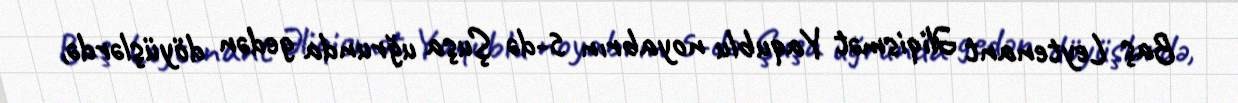
Baş Leytenant Əliqismət Yaqublu noyabrın 5-də Şuşa uğrunda gedən döyüşlərdə,